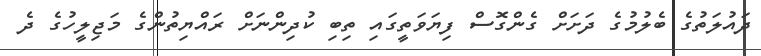
ދައުލަތުގެ ބެލުމުގެ ދަށަށް ގެންގޮސް ފިޔަވަތީގައި ތިބި ކުދިންނަށް ރައްޔިތުންގެ މަޖިލީހުގެ ދެ